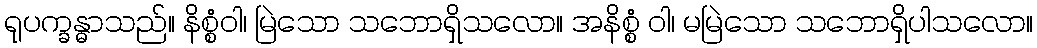
ရုပက္ခန္ဓာသည်။ နိစ္စံဝါ၊ မြဲသော သဘောရှိသလော။ အနိစ္စံ ဝါ၊ မမြဲသော သဘောရှိပါသလော။